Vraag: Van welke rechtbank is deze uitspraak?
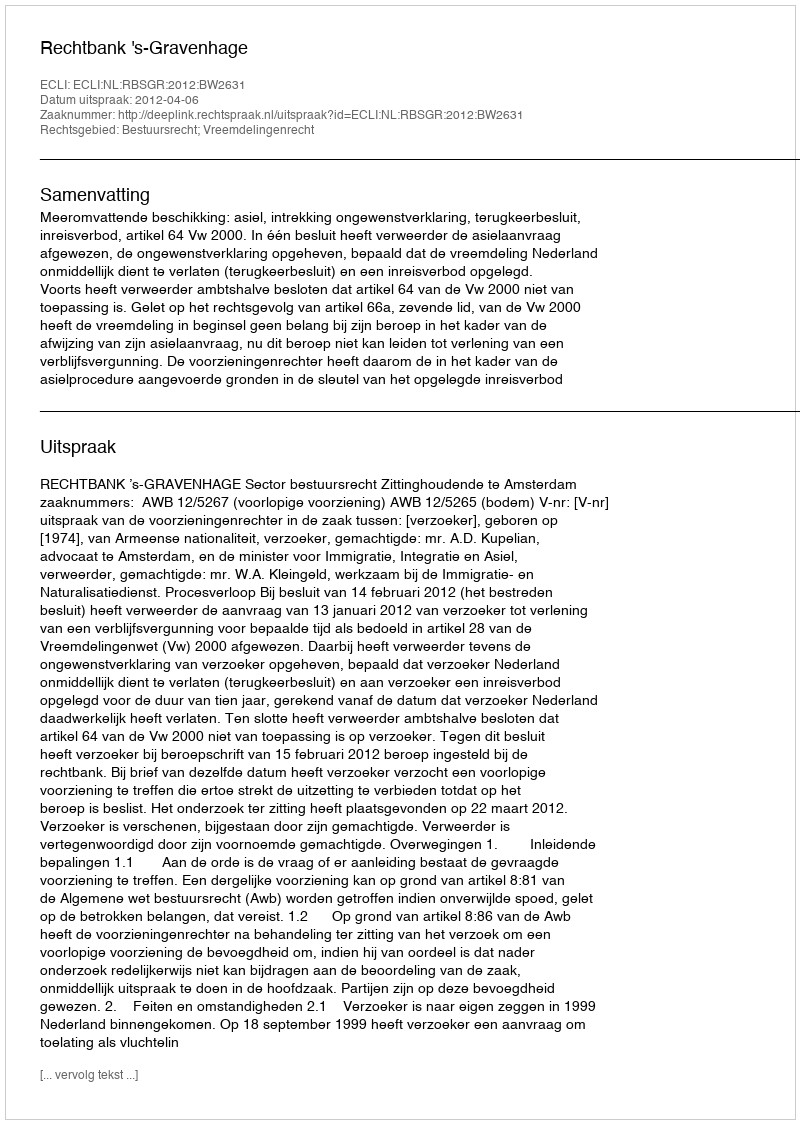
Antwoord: Rechtbank 's-Gravenhage